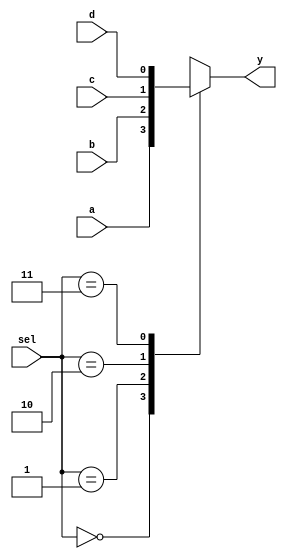
`timescale 1ns / 1ps
//////////////////////////////////////////////////////////////////////////////////
// Company: 
// Engineer: 
// 
// Design Name: 
// Module Name: mux_41
// Project Name: 
// Target Devices: 
// Tool Versions: 
// Description: 
// 
// Dependencies: 
// 
// Revision:
// Revision 0.01 - File Created
// Additional Comments:
// 
//////////////////////////////////////////////////////////////////////////////////
// Behavourial modelling

module mux_41(y,a,b,c,d,sel);
 input a,b,c,d;
 input  [1:0]sel; // selection input
 output reg y;
 
 always @(*)
 begin
  case(sel)
   2'b00:y=a;
   2'b01:y=b;
   2'b10:y=c;
   2'b11:y=d;
   default:$display("Invalid sel input");
  endcase
 end
endmodule